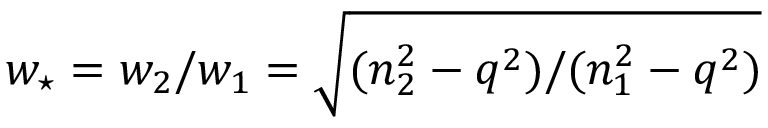
w _ { \star } = w _ { 2 } / w _ { 1 } = \sqrt { ( n _ { 2 } ^ { 2 } - q ^ { 2 } ) / ( n _ { 1 } ^ { 2 } - q ^ { 2 } ) }